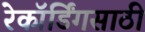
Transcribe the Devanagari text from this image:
रेकॉर्डिंगसाठी